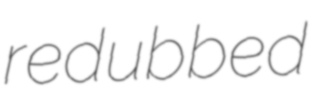
redubbed